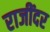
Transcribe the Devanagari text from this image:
राजींदर